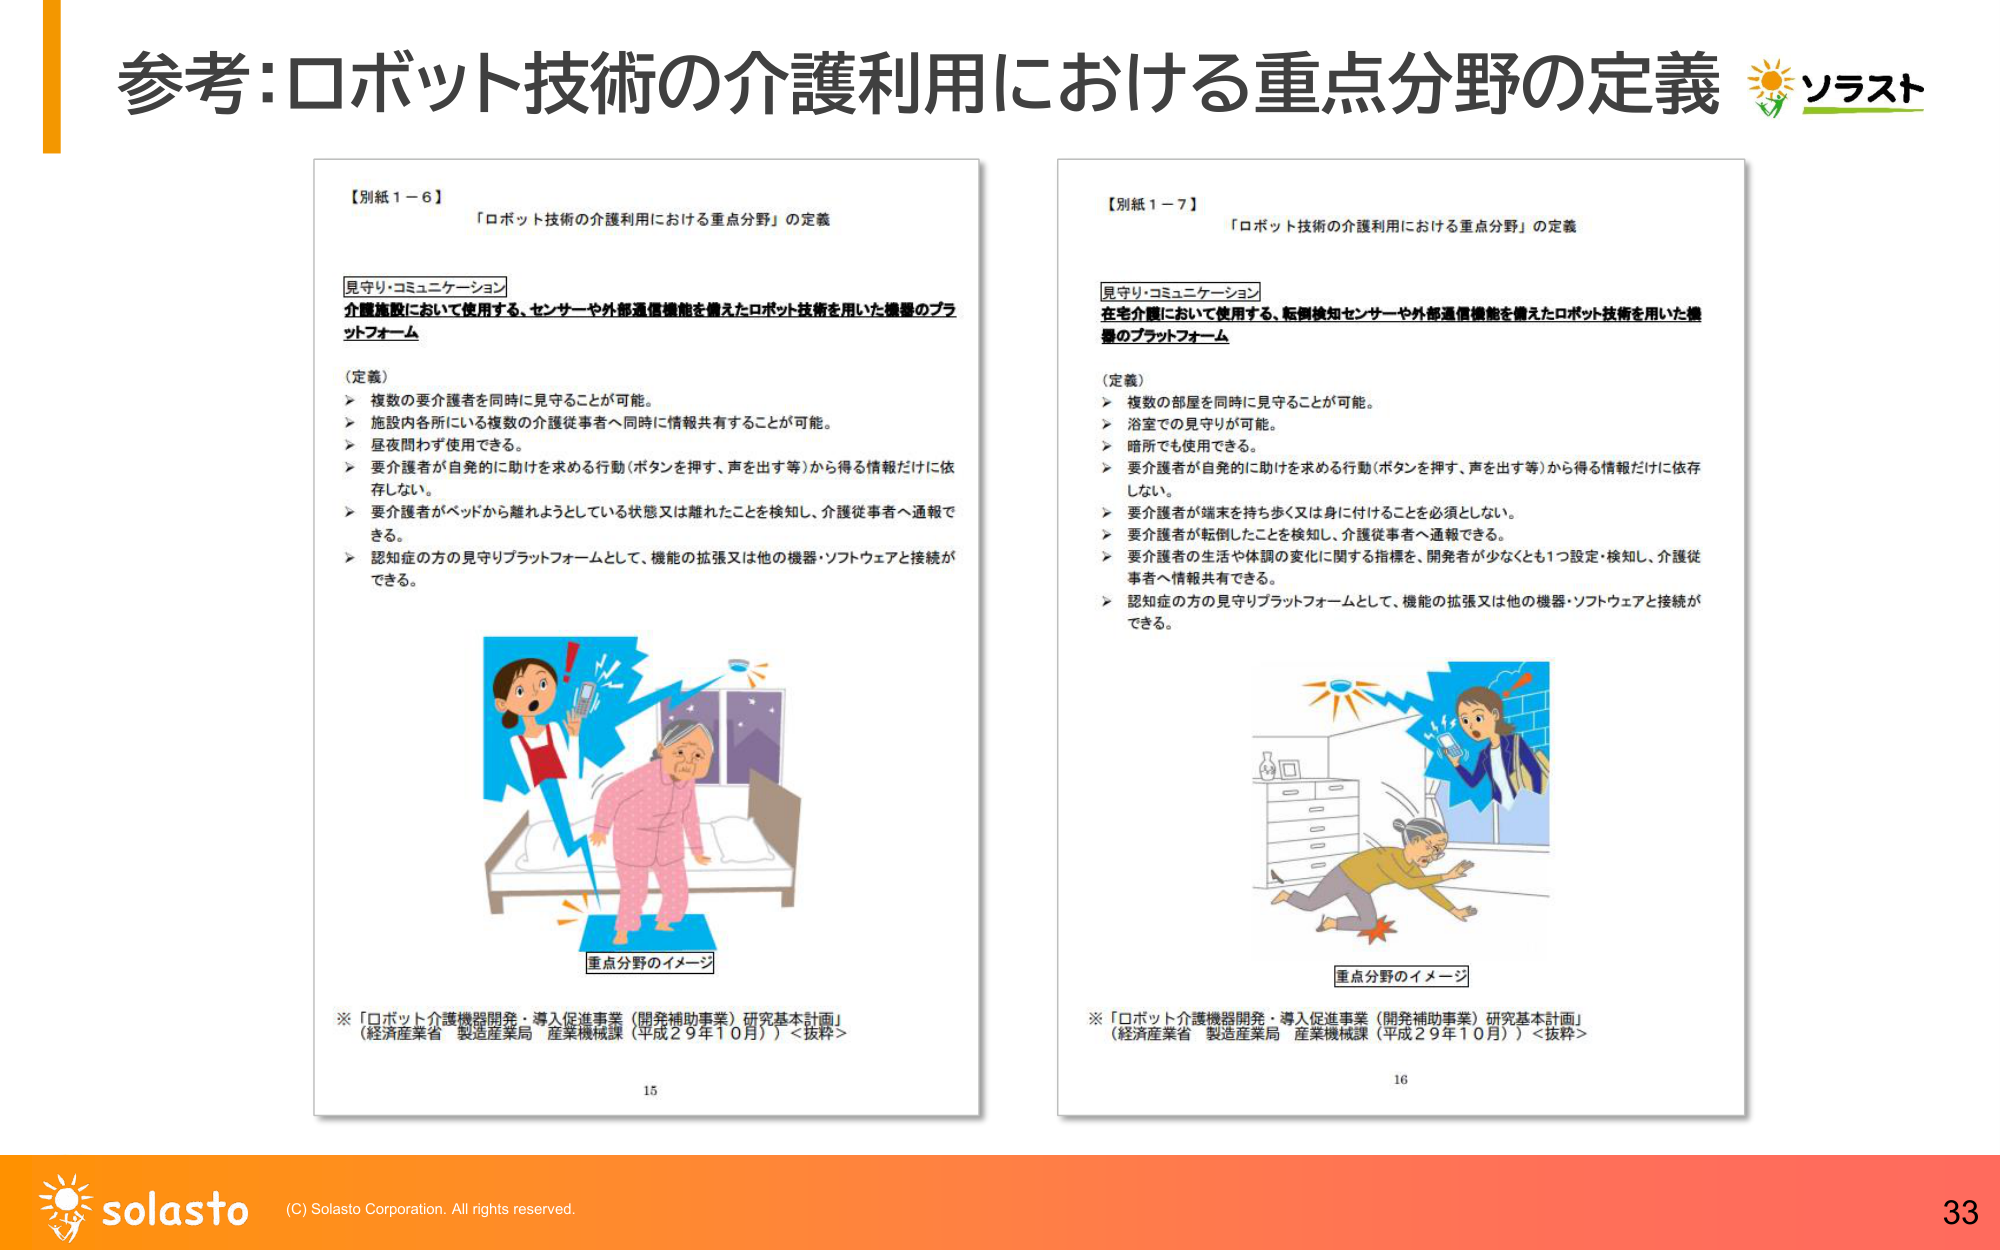
参考:ロボット技術の介護利用における重点分野の定義

【別紙１－６】
「ロボット技術の介護利用における重点分野」の定義

見守り・コミュニケーション
介護施設において使用する、センサーや外部通信機能を備えたロボット技術を用いた機器のプラットフォーム

（定義）
▶ 複数の要介護者を同時に見守ることが可能。
▶ 施設内各所にいる複数の介護従事者へ同時に情報共有することが可能。
▶ 昼夜問わず使用できる。
▶ 要介護者が自発的に助けを求める行動（ボタンを押す、声を出す等）から得る情報だけに依存しない。
▶ 要介護者がベッドから離れようとしている状態又は離れたことを検知し、介護従事者へ通報できる。
▶ 認知症の方の見守りプラットフォームとして、機能の拡張又は他の機器・ソフトウェアと接続ができる。

重点分野のイメージ

※「ロボット介護機器開発・導入促進事業（開発補助事業）研究基本計画」
（経済産業省 製造産業局 産業機械課（平成２９年１０月））＜抜粋＞

15

【別紙１－７】
「ロボット技術の介護利用における重点分野」の定義

見守り・コミュニケーション
在宅介護において使用する、転倒検知センサーや外部通信機能を備えたロボット技術を用いた機器のプラットフォーム

（定義）
▶ 複数の部屋を同時に見守ることが可能。
▶ 浴室での見守りが可能。
▶ 暗所でも使用できる。
▶ 要介護者が自発的に助けを求める行動（ボタンを押す、声を出す等）から得る情報だけに依存しない。
▶ 要介護者が端末を持ち歩く又は身に付けることを必須としない。
▶ 要介護者が転倒したことを検知し、介護従事者へ通報できる。
▶ 要介護者の生活や体調の変化に関する指標を、開発者が少なくとも1つ設定・検知し、介護従事者へ情報共有できる。
▶ 認知症の方の見守りプラットフォームとして、機能の拡張又は他の機器・ソフトウェアと接続ができる。

重点分野のイメージ

※「ロボット介護機器開発・導入促進事業（開発補助事業）研究基本計画」
（経済産業省 製造産業局 産業機械課（平成２９年１０月））＜抜粋＞

16

ソラスト

solasto
(C) Solasto Corporation. All rights reserved.
33